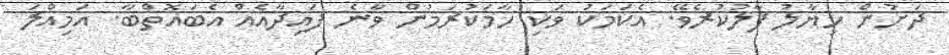
ދަށުން ހިޔާލު ފާލުކުރެވޭ. އެކަމަކު ވަކި ހާމަކުރަމުން ވާނެ ފައިދާއެއް އެބައޮތްބާ. އަމިއްލަ